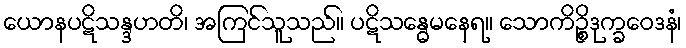
ယောနပဋိသန္ဒဟတိ၊ အကြင်သူသည်။ ပဋိသန္ဓေမနေရ။ သောကိဉ္စိဒုက္ခဝေဒနံ၊